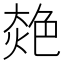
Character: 𦫜